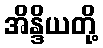
အိန္ဒိယတို့